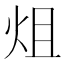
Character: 𤇅